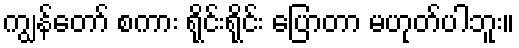
ကျွန်တော် စကား ရိုင်းရိုင်း ပြောတာ မဟုတ်ပါဘူး။